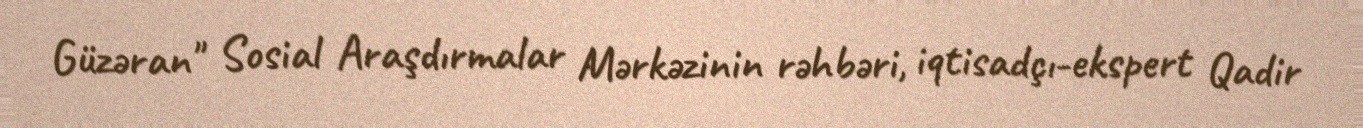
Güzəran" Sosial Araşdırmalar Mərkəzinin rəhbəri, iqtisadçı-ekspert Qadir